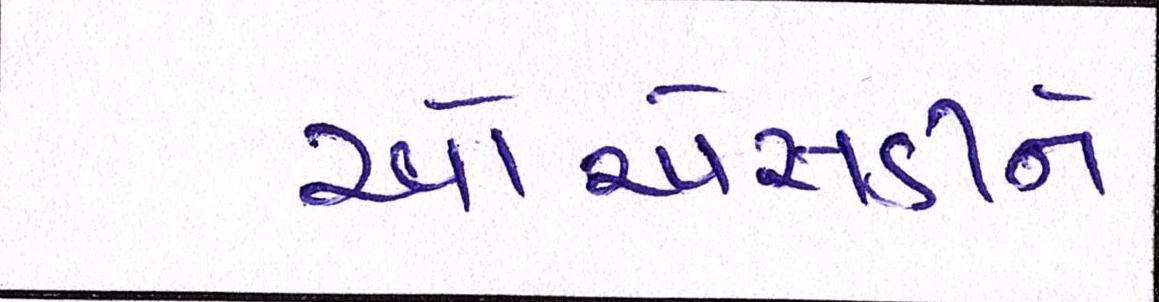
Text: ઓએસડીને